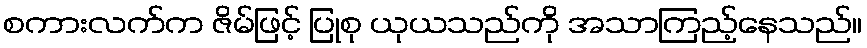
စကားလက်က ဇိမ်ဖြင့် ပြုစု ယုယသည်ကို အသာကြည့်နေသည်။